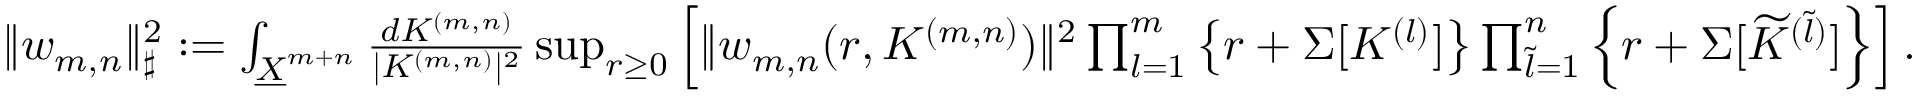
\begin{array} { r } { \| w _ { m , n } \| _ { \sharp } ^ { 2 } : = \int _ { \underline { { X } } ^ { m + n } } \frac { d K ^ { ( m , n ) } } { | K ^ { ( m , n ) } | ^ { 2 } } \operatorname* { s u p } _ { r \geq 0 } \left[ \| w _ { m , n } ( r , K ^ { ( m , n ) } ) \| ^ { 2 } \prod _ { l = 1 } ^ { m } \left\{ r + \Sigma [ K ^ { ( l ) } ] \right\} \prod _ { \widetilde { l } = 1 } ^ { n } \left\{ r + \Sigma [ \widetilde { K } ^ { ( \widetilde { l } ) } ] \right\} \right] . } \end{array}